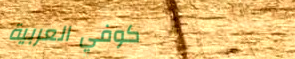
كوفي العربية